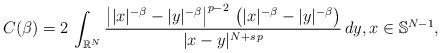
LaTeX: \begin{align*}C(\beta)=2\,\int_{\mathbb{R}^N} \frac{\left||x|^{-\beta}-|y|^{-\beta}\right|^{p-2}\,\left(|x|^{-\beta}-|y|^{-\beta}\right)}{|x-y|^{N+s\,p}}\, dy,x\in\mathbb{S}^{N-1},\end{align*}